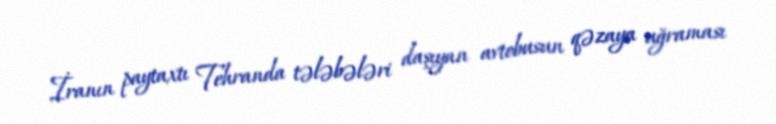
İranın paytaxtı Tehranda tələbələri daşıyan avtobusun qəzaya uğraması